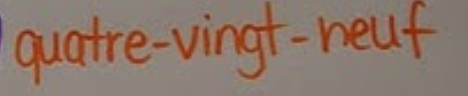
quatre-vingt-neuf